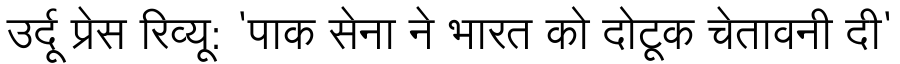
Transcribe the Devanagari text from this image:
उर्दू प्रेस रिव्यू: 'पाक सेना ने भारत को दोटूक चेतावनी दी'